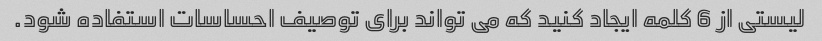
لیستی از 6 کلمه ایجاد کنید که می تواند برای توصیف احساسات استفاده شود.